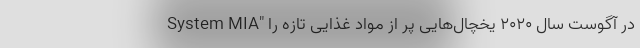
System MIA" در آگوست سال 2020 یخچال‌هایی پر از مواد غذایی تازه را